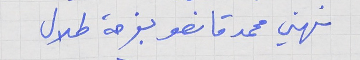
نهني محمد قانصو بفرحة طلال